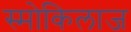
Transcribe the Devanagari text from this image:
स्मोकिलाज